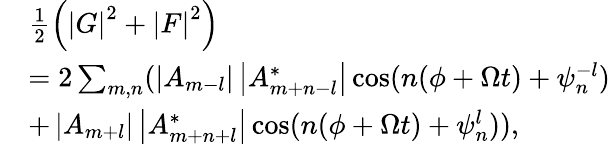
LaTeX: \begin{array}{rl}&{\frac{1}{2}\left(\left\vert G\right\vert^{2}+\left\vert F\right\vert^{2}\right)}\\ &{=2\sum_{m,n}(\left\vert A_{m-l}\right\vert\left\vert A_{m+n-l}^{\ast}\right\vert\cos(n(\phi+\Omega t)+\psi_{n}^{-l})}\\ &{+\left\vert A_{m+l}\right\vert\left\vert A_{m+n+l}^{\ast}\right\vert\cos(n(\phi+\Omega t)+\psi_{n}^{l})),}\end{array}